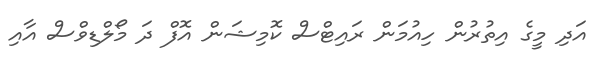
އަދި މީގެ އިތުރުން ހިއުމަން ރައިޓްސް ކޮމިޝަން އޮފް ދަ މޯލްޑިވްސް އާއި